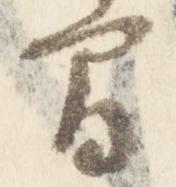
間